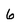
Character: 6